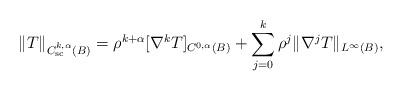
LaTeX: \begin{align*}\|T\|_{C^{k,\alpha}_{\rm sc}(B)} = \rho^{k+\alpha}[\nabla^k T]_{C^{0,\alpha}(B)} + \sum_{j = 0}^k \rho^j \|\nabla^j T\|_{L^\infty(B)},\end{align*}